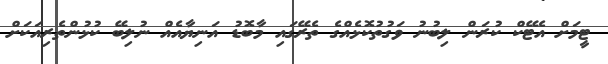
ޓީމަށް އެޓޭކް ކުރަން ލިބުނު ވަގުތުކޮޅެއްގެ ތެރޭގައި މާބޮޑު އަނިޔާއެއް ނުލިބޭ ކުޅުންތެރިއަކަށް